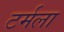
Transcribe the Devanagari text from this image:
टर्मला